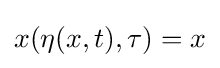
x(\eta (x,t),\tau )=x